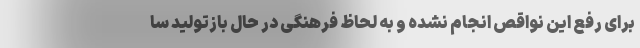
برای رفع این نواقص انجام نشده و به لحاظ فرهنگی در حال بازتولید سا